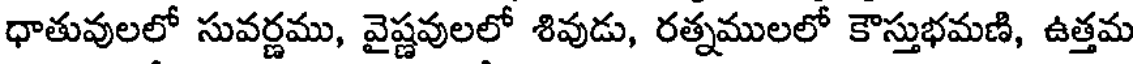
ధాతువులలో సువర్ణము, వైష్ణవులలో శివుడు, రత్నములలో కౌస్తుభమణి, ఉత్తమ